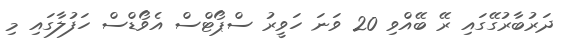
ދަރުބާރުގޭގައި ރޭ ބޭއްވި 20 ވަނަ ހަވީރު ސްޕޯޓްސް އެވޯޑްސް ހަފުލާގައި މި